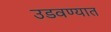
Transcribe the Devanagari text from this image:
उडवण्यात